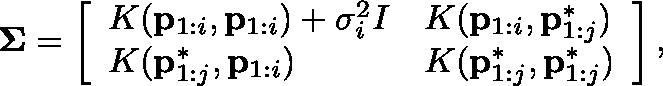
\mathbf { \Sigma } = \left[ \begin{array} { l l } { K ( \mathbf { p } _ { 1 : i } , \mathbf { p } _ { 1 : i } ) + \sigma _ { i } ^ { 2 } I } & { K ( \mathbf { p } _ { 1 : i } , \mathbf { p } _ { 1 : j } ^ { * } ) } \\ { K ( \mathbf { p } _ { 1 : j } ^ { * } , \mathbf { p } _ { 1 : i } ) } & { K ( \mathbf { p } _ { 1 : j } ^ { * } , \mathbf { p } _ { 1 : j } ^ { * } ) } \end{array} \right] ,